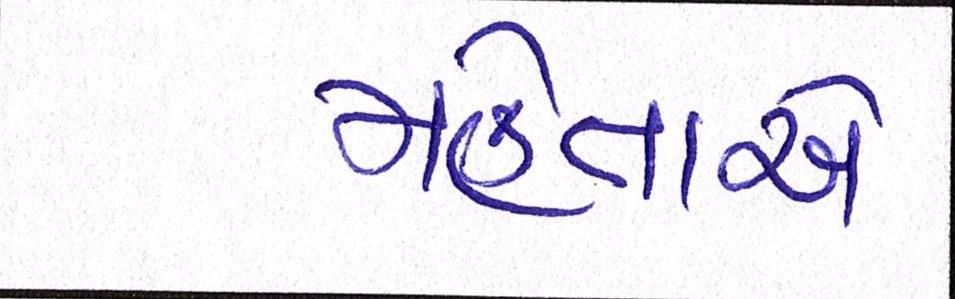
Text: મહેતાએ